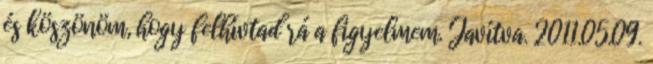
és köszönöm, hogy felhívtad rá a figyelmem. Javítva. 2011.05.09.